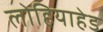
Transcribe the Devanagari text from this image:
लोहियाहेड